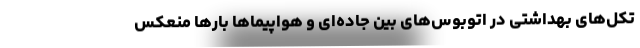
تکل‌های بهداشتی در اتوبوس‌های بین جاده‌ای و هواپیماها بارها منعکس